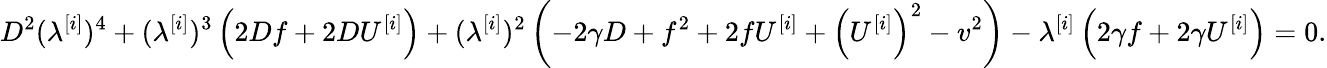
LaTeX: D^{2}(\lambda^{[i]})^{4}+(\lambda^{[i]})^{3}\left(2Df+2DU^{[i]}\right)+(\lambda^{[i]})^{2}\left(-2\gamma D+f^{2}+2fU^{[i]}+\left(U^{[i]}\right)^{2}-v^{2}\right)-\lambda^{[i]}\left(2\gamma f+2\gamma U^{[i]}\right)=0.